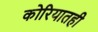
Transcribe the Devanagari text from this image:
कोरियातही